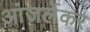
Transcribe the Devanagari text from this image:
आंजर्लेकर